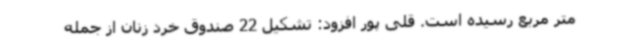
متر مربع رسیده است. قلی پور افزود: تشکیل 22 صندوق خرد زنان از جمله